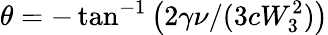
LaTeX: \theta=-\tan^{-1}\left(2\gamma\nu/(3cW_{3}^{2})\right)